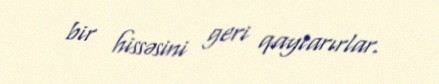
bir hissəsini geri qaytarırlar.